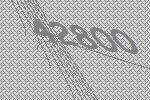
42800